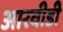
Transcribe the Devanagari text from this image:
आरवीडी